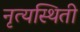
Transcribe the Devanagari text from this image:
नृत्यस्थिती